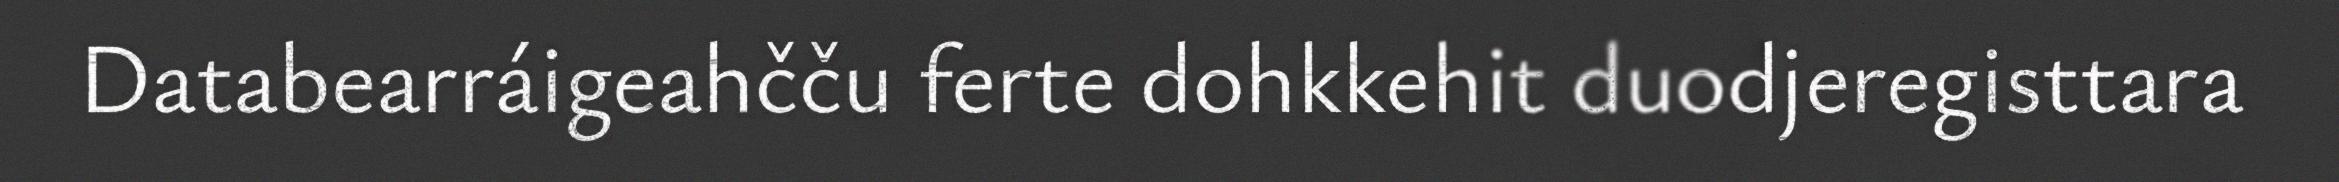
Databearráigeahčču ferte dohkkehit duodjeregisttara